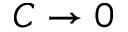
C \to 0